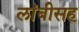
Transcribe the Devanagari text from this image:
लांबीसह